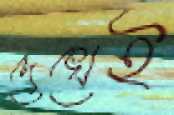
দেখেই